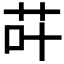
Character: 𮶡